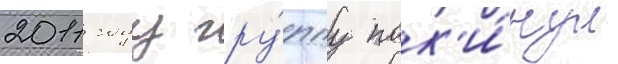
2011 году гру́ппу пок'и́нул